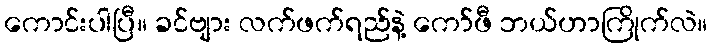
ကောင်းပါပြီ။ ခင်ဗျား လက်ဖက်ရည်နဲ့ ကော်ဖီ ဘယ်ဟာကြိုက်လဲ။